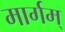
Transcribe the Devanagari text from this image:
मार्गम्‌